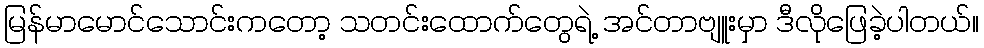
မြန်မာမောင်သောင်းကတော့ သတင်းထောက်တွေရဲ့ အင်တာဗျူးမှာ ဒီလိုဖြေခဲ့ပါတယ်။